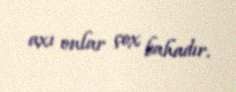
axı onlar çox bahadır.